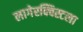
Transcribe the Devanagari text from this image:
लागेरक्विस्टला